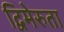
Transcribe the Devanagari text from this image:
द्विमेरुता